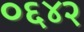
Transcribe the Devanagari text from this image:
०६४२